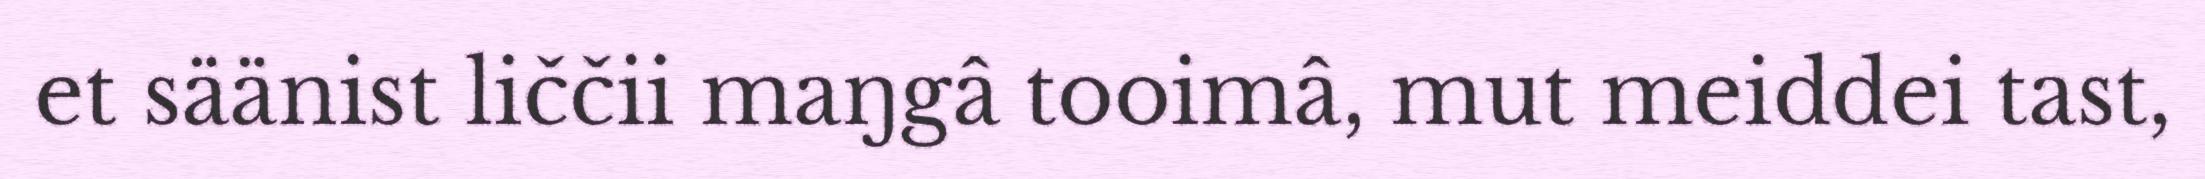
et säänist liččii maŋgâ tooimâ, mut meiddei tast,